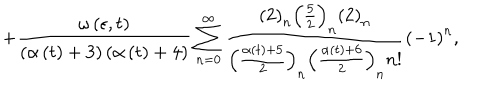
+ \frac { \omega \left( \epsilon , t \right) } { \left( \alpha \left( t \right) + 3 \right) \left( \alpha \left( t \right) + 4 \right) } \sum _ { n = 0 } ^ { \infty } \frac { \left( 2 \right) _ { n } \left( \frac 5 2 \right) _ { n } \left( 2 \right) _ { n } } { \left( \frac { \alpha \left( t \right) + 5 } 2 \right) _ { n } \left( \frac { \alpha \left( t \right) + 6 } 2 \right) _ { n } n ! } \left( - 1 \right) ^ { n } ,